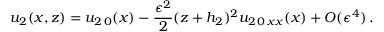
u _ { 2 } ( x , z ) = u _ { 2 \, 0 } ( x ) - \frac { \epsilon ^ { 2 } } { 2 } ( z + h _ { 2 } ) ^ { 2 } u _ { 2 \, 0 \, x x } ( x ) + O ( \epsilon ^ { 4 } ) \, .